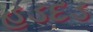
હડદડ